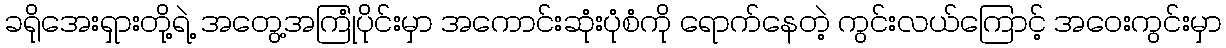
ခရိုအေးရှားတို့ရဲ့ အတွေ့အကြုံပိုင်းမှာ အကောင်းဆုံးပုံစံကို ရောက်နေတဲ့ ကွင်းလယ်ကြောင့် အဝေးကွင်းမှာ